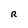
Character: R